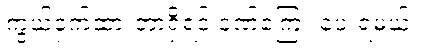
ကွယ်ဝှက်ထားတာရှိရင် ဒဏ်ကြေး ပေးရမယ်။